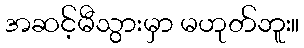
အဆင့်မီသွားမှာ မဟုတ်ဘူး။